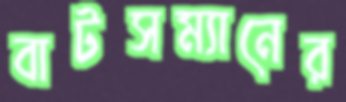
বাটসম্যানের